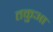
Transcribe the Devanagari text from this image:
तकुआ